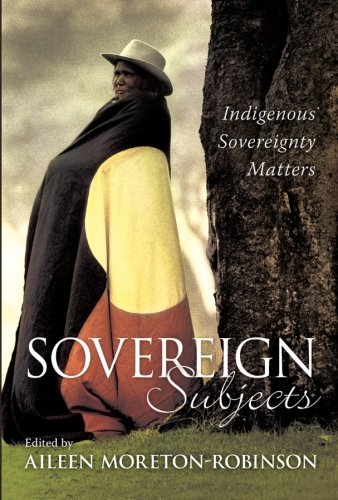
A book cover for Sovereign Subjects: Indigenous Sovereignty Matters (Cultural Studies Series); Law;